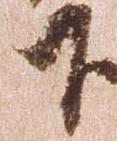
下